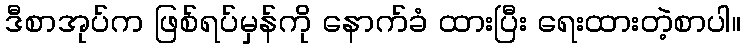
ဒီစာအုပ်က ဖြစ်ရပ်မှန်ကို နောက်ခံ ထားပြီး ရေးထားတဲ့စာပါ။